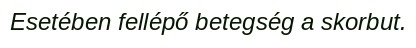
Esetében fellépő betegség a skorbut.